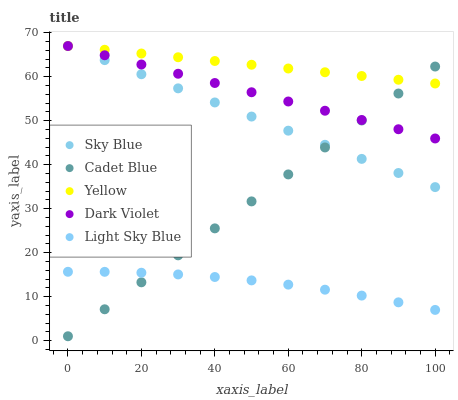
| xaxis_label | Sky Blue | Cadet Blue | Yellow | Dark Violet | Light Sky Blue |
 | --- | --- | --- | --- | --- | --- |
 | 0 | 67 | 1 | 67 | 67 | 15.7 |
 | 10 | 63.8 | 7.13 | 66.1 | 64.9 | 15.6 |
 | 20 | 60.6 | 13.3 | 65.3 | 62.8 | 15.4 |
 | 30 | 57.4 | 19.4 | 64.4 | 60.7 | 15.1 |
 | 40 | 54.2 | 25.5 | 63.6 | 58.6 | 14.5 |
 | 50 | 51 | 31.7 | 62.7 | 56.5 | 13.7 |
 | 60 | 47.7 | 37.8 | 61.9 | 54.4 | 12.7 |
 | 70 | 44.5 | 43.9 | 61 | 52.3 | 11.6 |
 | 80 | 41.3 | 50.1 | 60.2 | 50.2 | 10.2 |
 | 90 | 38.1 | 56.2 | 59.3 | 48.1 | 8.71 |
 | 100 | 34.9 | 62.3 | 58.5 | 46 | 6.99 |